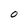
Character: O